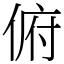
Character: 俯